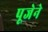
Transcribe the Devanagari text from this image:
पूजेने